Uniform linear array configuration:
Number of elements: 48
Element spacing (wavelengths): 0.75
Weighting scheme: uniform
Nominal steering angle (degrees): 15
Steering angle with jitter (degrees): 15.283
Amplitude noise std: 0.05
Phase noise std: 0.05

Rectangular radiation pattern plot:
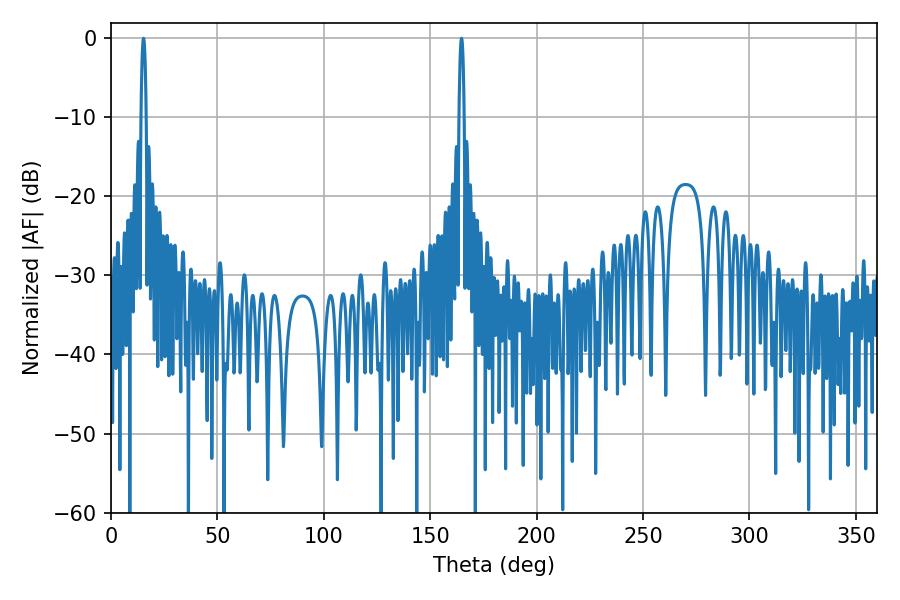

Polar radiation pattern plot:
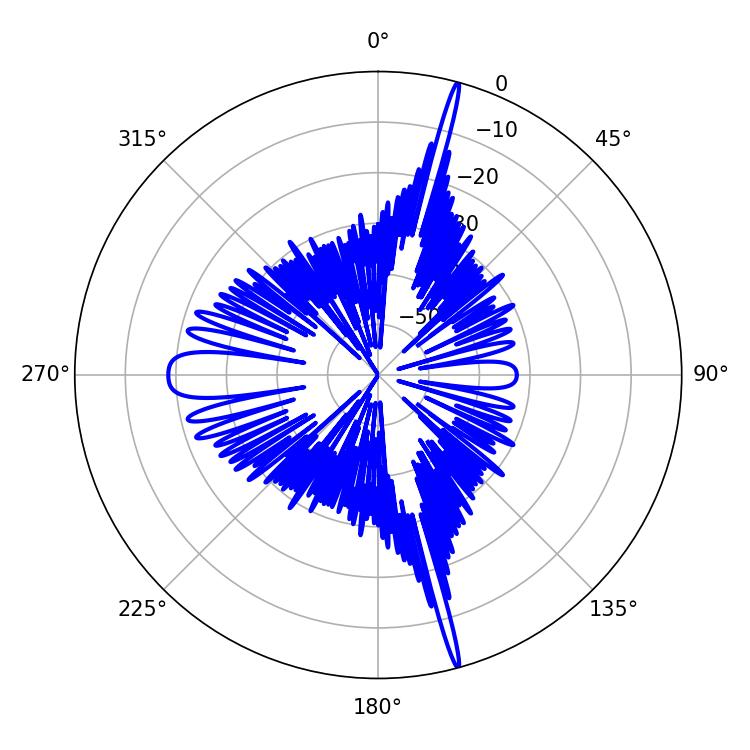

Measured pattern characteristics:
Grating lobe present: TRUE
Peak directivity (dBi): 22.831
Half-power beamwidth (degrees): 1.44
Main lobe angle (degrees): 15.3